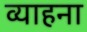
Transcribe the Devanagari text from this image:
व्याहना